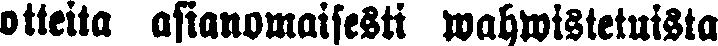
otteita asianomaisesti wahwistetuista